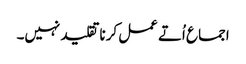
اجما ع اُتے عمل کرنا تقلید نہیں۔